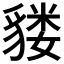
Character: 𫎌